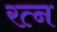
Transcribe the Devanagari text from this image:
रत्‍न